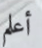
أعلم